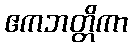
ဧကဘတ္တိကာ